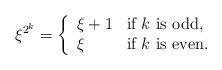
LaTeX: \begin{align*}\xi^{2^k} = \left\{\begin{array}{ll}\xi + 1 & \textrm{if $k$ is odd,}\\\xi & \textrm{if $k$ is even}.\end{array}\right.\end{align*}